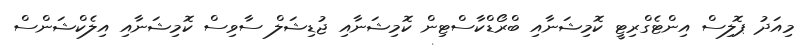
މިއަދު ޕޮލިސް އިންޓެގްރިޓީ ކޮމިޝަނާއި ބްރޯޑްކާސްޓިން ކޮމިޝަނާއި ޖުޑިޝަލް ސާވިސް ކޮމިޝަނާއި އިލެކްޝަންސް